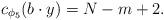
LaTeX: \begin{align*}c_{\phi _5}(b\cdot y)= N-m+2 .\end{align*}